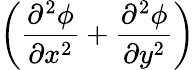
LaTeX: \left(\frac{\partial^{2}\phi}{\partial x^{2}}+\frac{\partial^{2}\phi}{\partial y^{2}}\right)